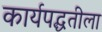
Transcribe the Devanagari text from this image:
कार्यपद्धतीला